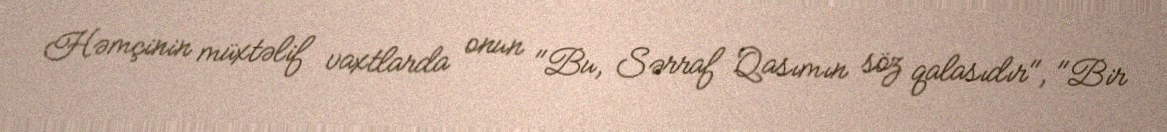
Həmçinin müxtəlif vaxtlarda onun "Bu, Sərraf Qasımın söz qalasıdır", "Bir